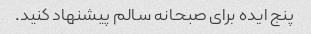
پنج ایده برای صبحانه سالم پیشنهاد کنید.